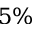
5 \%